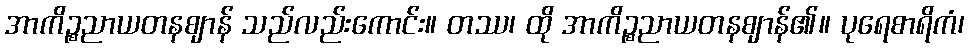
အာကိဉ္စညာယတနဈာန် သည်လည်းကောင်း။ တဿ၊ ထို အာကိဉ္စညာယတနဈာန်၏။ ပုရေစာရိကံ၊